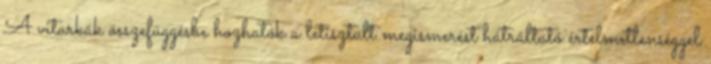
A vitarkák összefüggésbe hozhatók a letisztult megismerést hátráltató értelmetlenséggel